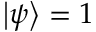
\left| \psi \right\rangle = 1